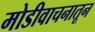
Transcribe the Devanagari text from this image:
मोडीवाचनातून